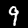
Label: 9